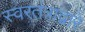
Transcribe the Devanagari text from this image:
स्वरतंत्राद्वारे